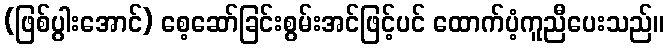
(ဖြစ်ပွါးအောင်) စေ့ဆော်ခြင်းစွမ်းအင်ဖြင့်ပင် ထောက်ပံ့ကူညီပေးသည်။